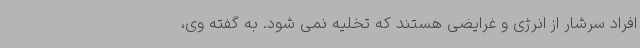
افراد سرشار از انرژی و غرایضی هستند که تخلیه نمی شود. به گفته وی،